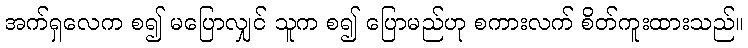
အက်ရှလေက စ၍ မပြောလျှင် သူက စ၍ ပြောမည်ဟု စကားလက် စိတ်ကူးထားသည်။